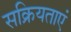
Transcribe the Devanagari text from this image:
सक्रियताएं